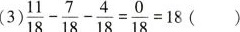
( 3 ) \frac { 11 } { 1 8 } - \frac { 7 } { 1 8 } -